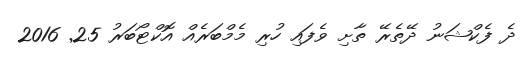
ދެ ފެކްޝަނު ދޭތެރޭ ތާށި ވެފައި ހުރި މެމްބަރެއް އޮކްޓޯބަރު 25